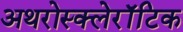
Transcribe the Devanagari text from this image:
अथरोस्क्लेरॉटिक